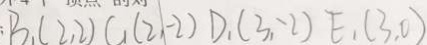
: B _ { 1 } ( 2 , 2 ) C _ { 1 } ( 2 , - 2 ) D _ { 1 } ( 3 , - 2 ) E _ { 1 } ( 3 , 0 )